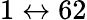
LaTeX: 1\leftrightarrow 62